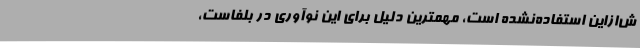
ش‌ازاین استفاده‌نشده است، مهمترین دلیل برای این نوآوری در بلفاست،